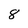
Character: 8